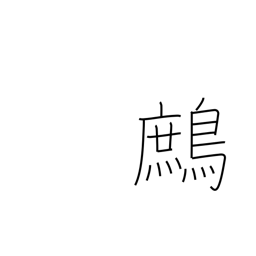
Meaning: partridge